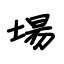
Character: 場